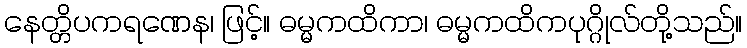
နေတ္တိပကရဏေန၊ ဖြင့်။ ဓမ္မကထိကာ၊ ဓမ္မကထိကပုဂ္ဂိုလ်တို့သည်။